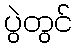
ပွဲတွင်